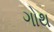
ગોથ